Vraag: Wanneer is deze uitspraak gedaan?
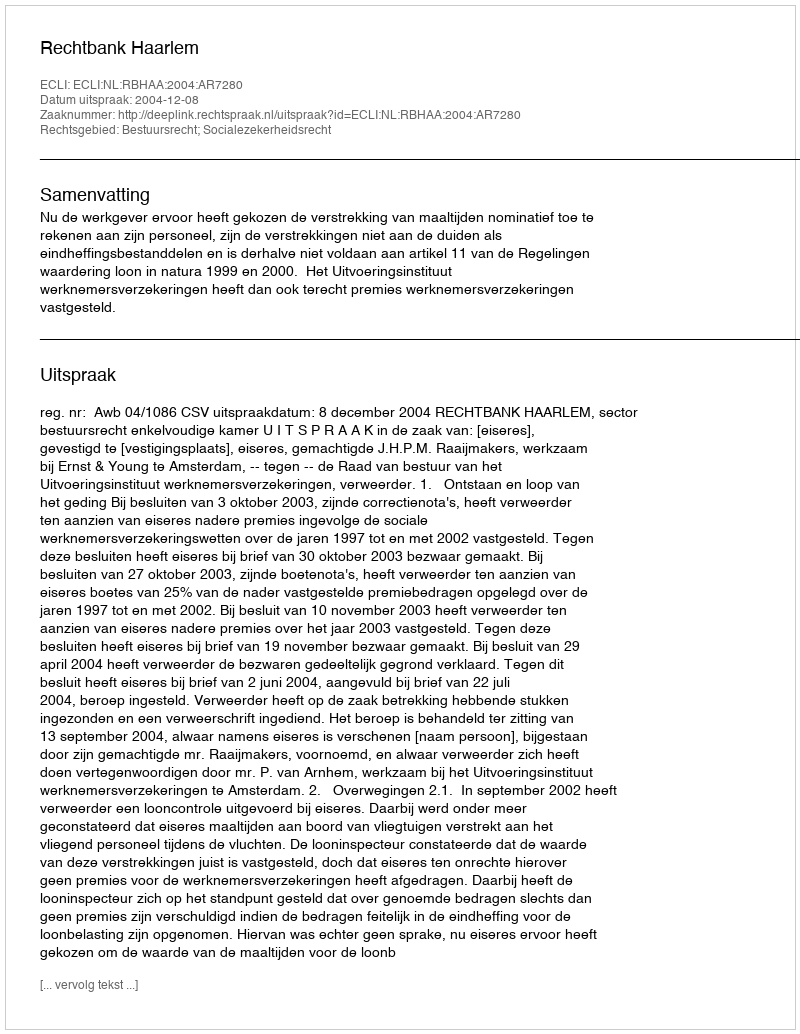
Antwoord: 2004-12-08